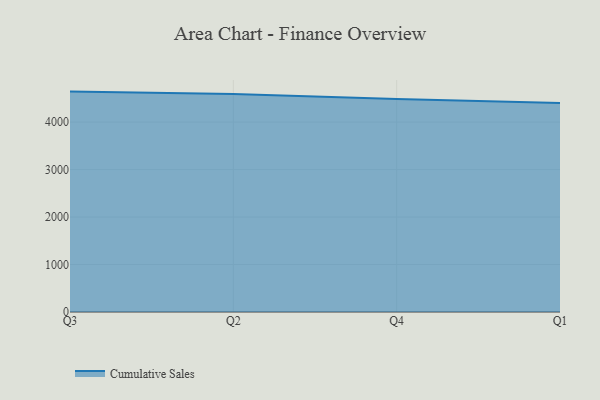
{"axis": {"x": "Quarter", "y": "Market Share (%)"}, "legend": ["Cumulative Sales"], "data": [{"x": "Q3", "y": 4641.9, "type": "Cumulative Sales"}, {"x": "Q2", "y": 4592.5, "type": "Cumulative Sales"}, {"x": "Q4", "y": 4487.8, "type": "Cumulative Sales"}, {"x": "Q1", "y": 4399.3, "type": "Cumulative Sales"}]}